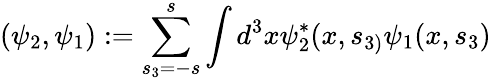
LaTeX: (\psi_{2},\psi_{1}):=\sum_{s_{3}=-s}^{s}\int d^{3}x\psi_{2}^{*}(x,s_{3)}\psi_{1}(x,s_{3})